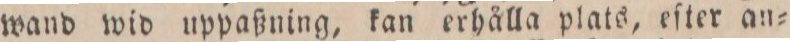
wand wid uppaßning, kan erhålla plats, eſter an=